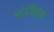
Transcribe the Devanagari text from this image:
स्टेरॉइड्स